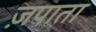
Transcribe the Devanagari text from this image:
ज़पाता